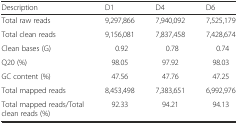
<table><thead><tr><td><b>Description</b></td><td><b>D1</b></td><td><b>D4</b></td><td><b>D6</b></td></tr></thead><tbody><tr><td>Total raw reads</td><td>9,297,866</td><td>7,940,092</td><td>7,525,179</td></tr><tr><td>Total clean reads</td><td>9,156,081</td><td>7,837,458</td><td>7,428,674</td></tr><tr><td>Clean bases (G)</td><td>0.92</td><td>0.78</td><td>0.74</td></tr><tr><td>Q20 (%)</td><td>98.05</td><td>97.92</td><td>98.03</td></tr><tr><td>GC content (%)</td><td>47.56</td><td>47.76</td><td>47.25</td></tr><tr><td>Total mapped reads</td><td>8,453,498</td><td>7,383,651</td><td>6,992,976</td></tr><tr><td>Total mapped reads/Total clean reads (%)</td><td>92.33</td><td>94.21</td><td>94.13</td></tr></tbody></table>